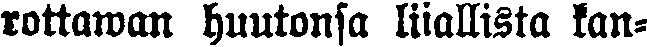
rottawan huutonsa liiallista kan-